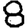
Digit: 8